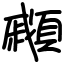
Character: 顣